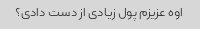
اوه عزیزم پول زیادی از دست دادی؟